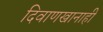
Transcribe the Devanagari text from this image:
दिवाणखानाही